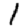
Digit: 1